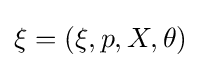
\xi =(\xi ,p,X,\theta )